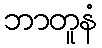
ဘာတူနံ